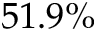
5 1 . 9 \%